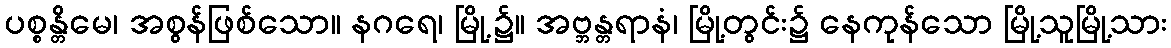
ပစ္စန္တိမေ၊ အစွန်ဖြစ်သော။ နဂရေ၊ မြို့၌။ အဗ္ဘန္တရာနံ၊ မြို့တွင်း၌ နေကုန်သော မြို့သူမြို့သား